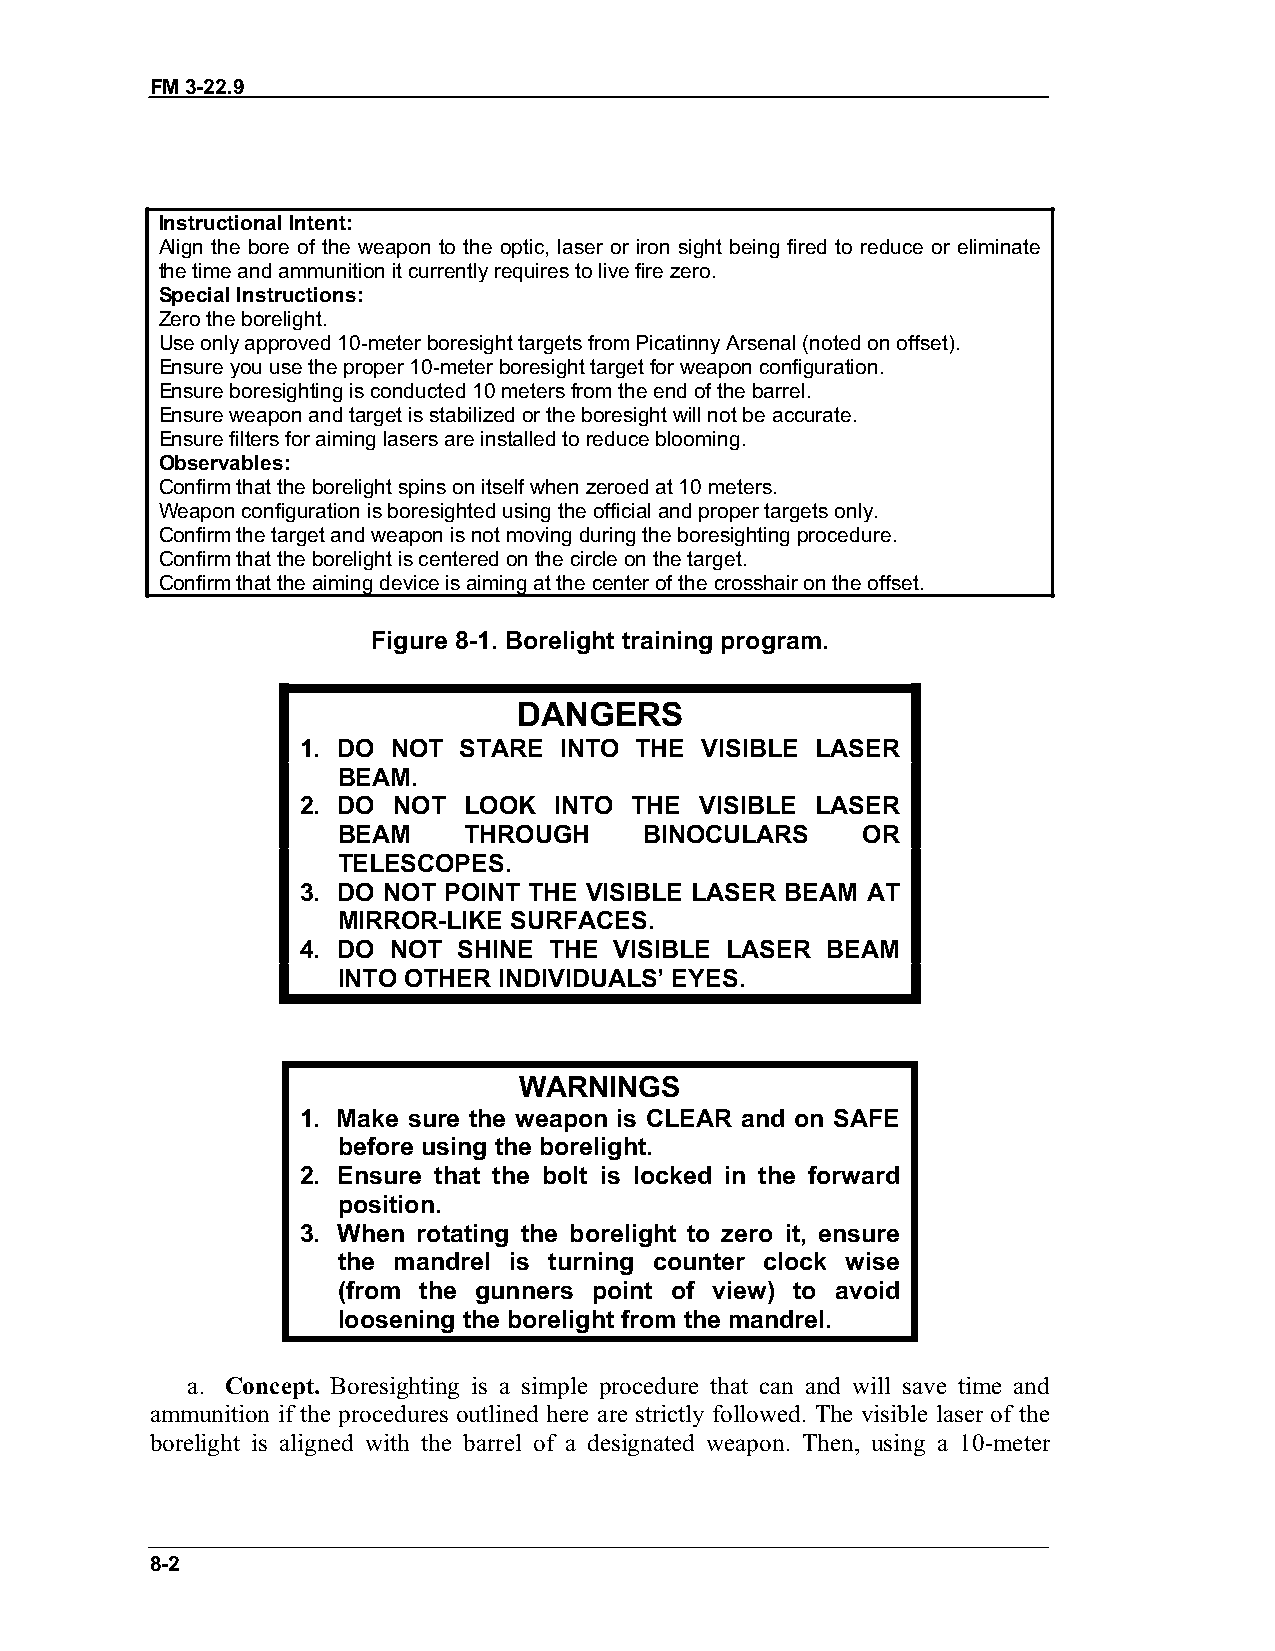
FM 3-22.9
 Instructional Intent:
 Align the bore of the weapon to the optic, laser or iron sight being fired to reduce or eliminate
 the time and ammunition it currently requires to live fire zero.
 Special Instructions:
 Zero the borelight.
 Use only approved 10-meter boresight targets from Picatinny Arsenal (noted on offset).
 Ensure you use the proper 10-meter boresight target for weapon configuration.
 Ensure boresighting is conducted 10 meters from the end of the barrel.
 Ensure weapon and target is stabilized or the boresight will not be accurate.
 Ensure filters for aiming lasers are installed to reduce blooming.
 Observables:
 Confirm that the borelight spins on itself when zeroed at 10 meters.
 Weapon configuration is boresighted using the official and proper targets only.
 Confirm the target and weapon is not moving during the boresighting procedure.
 Confirm that the borelight is centered on the circle on the target.
 Confirm that the aiming device is aiming at the center of the crosshair on the offset.
 Figure 8-1. Borelight training program.
 DANGERS
 1. DO NOT STARE  INTO THE VISIBLE LASER
 BEAM.
 2. DO NOT  LOOK  INTO THE VISIBLE LASER
 BEAM     THROUGH     BINOCULARS    OR
 TELESCOPES.
 3. DO NOT POINT THE VISIBLE LASER BEAM AT
 MIRROR-LIKE SURFACES.
 4. DO NOT SHINE THE  VISIBLE LASER BEAM
 INTO OTHER INDIVIDUALS’ EYES.
 WARNINGS
 1. Make sure the weapon is CLEAR and on SAFE
 before using the borelight.
 2. Ensure that the bolt is locked in the forward
 position.
 3. When rotating the borelight to zero it, ensure
 the mandrel is turning counter clock wise
 (from the gunners point of view) to avoid
 loosening the borelight from the mandrel.
 a. Concept. Boresighting is a simple procedure that can and will save time and
 ammunition if the procedures outlined here are strictly followed. The visible laser of the
 borelight is aligned with the barrel of a designated weapon. Then, using a 10-meter
 8-2